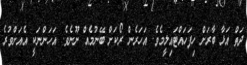
ދަތް އަޅާ ބާރަށް ހިފަހައްޓައިލީމެވެ. އަހަރެން ރޯކަށް ބޭނުމެއް ނޫނެވެ. އަހަންނަކީ އެއަށްވުރެ